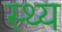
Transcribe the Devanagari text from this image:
स्थ्य